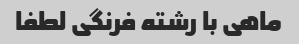
ماهی با رشته فرنگی لطفا